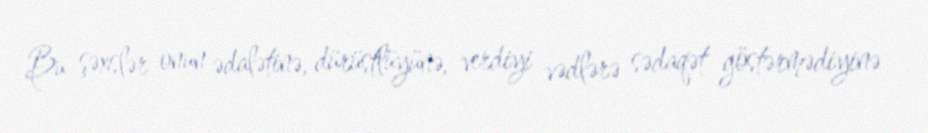
Bu şəxslər onun ədalətinə, dürüstlüyünə, verdiyi vədlərə sədaqət göstərmədiyinə